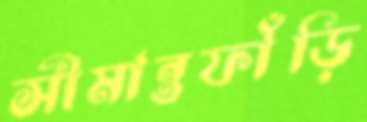
সীমান্তফাঁড়ি